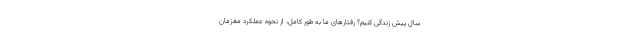
سال پیش زندگی کنیم؟ رفتارهای ما به طور کامل، از نحوه عملکرد مغزمان